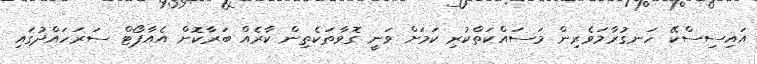
އައިސިސްކޭ ހަނގުރާމަވެރިން މަސައްކަތްކުރި ކަމަށް ވަނީ ގޮވާތަކެތިން ކާރެއް ބަރާކޮށް އެއާޕޯޓް ސަރަހައްދުގައި